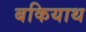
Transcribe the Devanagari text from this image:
बकियाथ